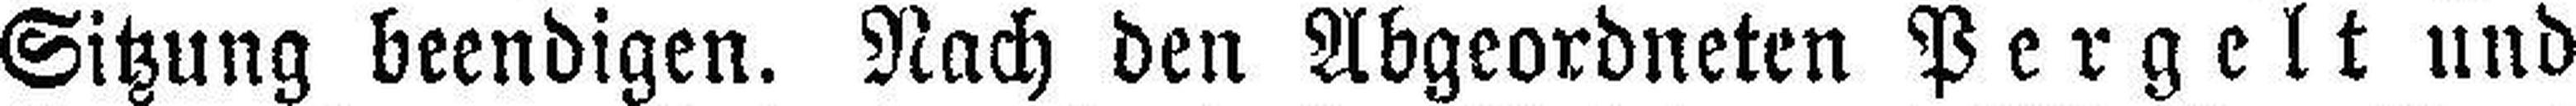
Sitzung beendigen. Nach den Abgeordneten Pergelt und